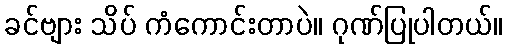
ခင်ဗျား သိပ် ကံကောင်းတာပဲ။ ဂုဏ်ပြုပါတယ်။